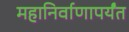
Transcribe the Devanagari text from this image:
महानिर्वाणापर्यंत